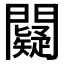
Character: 𨷞